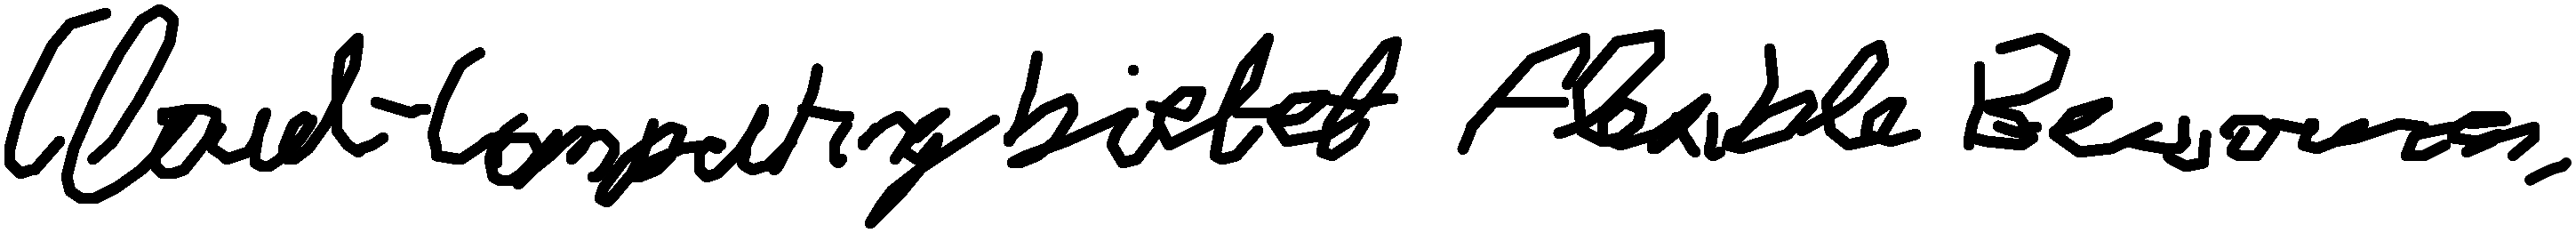
Cloud-Computing bietet flexible Ressourcen.